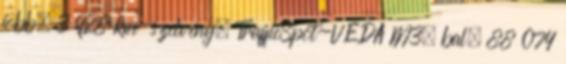
jobb, 3 928 km-szelvény, TrafficSpot-VÉDA M3, bal, 88 074